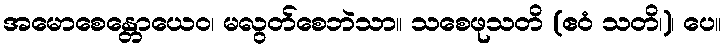
အမောစေန္တောယေဝ၊ မလွတ်စေဘဲသာ။ သစေဖုသတိ (ဧဝံ သတိ၊)၊ ပေ။